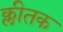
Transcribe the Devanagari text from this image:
क्लीतक